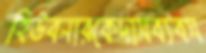
হিউবনারকেদাসব্যবস